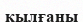
қылғаны